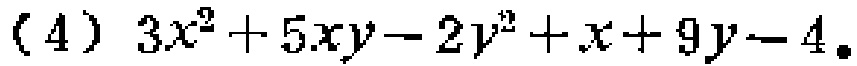
(4) \(3x^{2}+5xy - 2y^{2}+x + 9y - 4\)